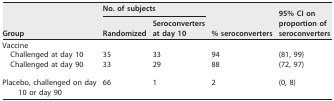
| <ROWSPAN=2> Group | <COLSPAN=2> No. of subjects | <ROWSPAN=2> % seroconverters | <ROWSPAN=2> 95% CI on proportion of seroconverters |
 | Randomized | Seroconverters at day 10 |
 | --- | --- | --- | --- | --- |
 | Vaccine |  |  |  |  |
 | Challenged at day 10 | 35 | 33 | 94 | (81, 99) |
 | Challenged at day 90 | 33 | 29 | 88 | (72, 97) |
 | Placebo, challenged on day 10 or day 90 | 66 | 1 | 2 | (0, 8) |